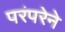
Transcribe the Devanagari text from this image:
परंंपरेने